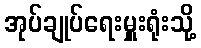
အုပ်ချုပ်ရေးမှူးရုံးသို့